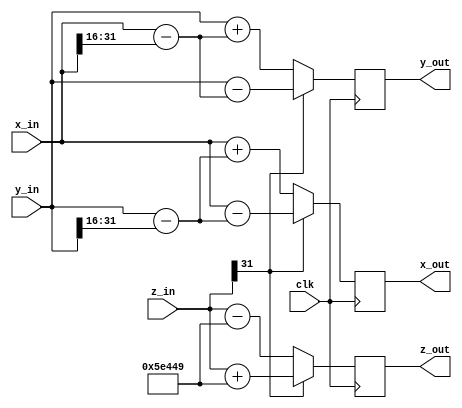
module NP_RHC #(
    parameter DATA_WIDTH  = 32,
    parameter signed M_ATANH = 32'd386121,
    parameter shift = 16
)(
    input wire clk,
    input wire signed [DATA_WIDTH-1:0]x_in,
    input wire signed [DATA_WIDTH-1:0]y_in,
    input wire signed [DATA_WIDTH-1:0]z_in,

    output reg signed [DATA_WIDTH-1:0] x_out,
    output reg signed [DATA_WIDTH-1:0] y_out,
    output reg signed [DATA_WIDTH-1:0] z_out
);

    reg signed [DATA_WIDTH-1:0] x_out_next, y_out_next, z_out_next;
    wire signed [DATA_WIDTH-1:0] shift_x, shift_y;

    always @(posedge clk) begin
        x_out <= x_out_next;
    end

    always @(posedge clk) begin
        y_out <= y_out_next;
    end

    always @(posedge clk) begin
        z_out <= z_out_next;
    end
    
    assign shift_x = x_in >>> shift;
    assign shift_y = y_in >>> shift;

    always @(*) begin
        if(z_in[DATA_WIDTH-1] == 1)
            x_out_next = x_in - (y_in - shift_y);
        else 
            x_out_next = x_in + (y_in - shift_y); 
    end

    always @(*) begin
        if(z_in[DATA_WIDTH-1] == 1)
            y_out_next = y_in - (x_in - shift_x);
        else 
            y_out_next = y_in + (x_in - shift_x); 
    end
    

    always @(*) begin
        if(z_in[DATA_WIDTH-1] == 1)
            z_out_next = z_in + M_ATANH;
        else 
            z_out_next = z_in - M_ATANH; 
    end

endmodule